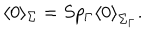
LaTeX: \langle 0 \rangle _ { \Sigma } = S p _ { \Gamma } { \langle 0 \rangle } _ { \Sigma _ { \Gamma } } .